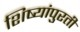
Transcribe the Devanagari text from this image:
शिष्यांपुरती